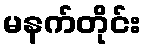
မနက်တိုင်း